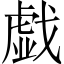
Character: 戯